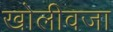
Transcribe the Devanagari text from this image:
खोलीवजा